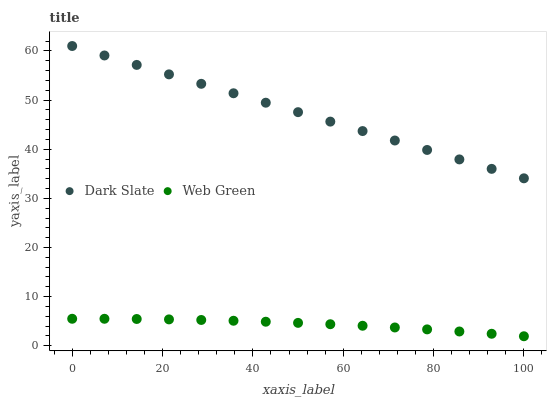
| xaxis_label | Dark Slate | Web Green |
 | --- | --- | --- |
 | 0 | 61 | 5.5 |
 | 7.14 | 59.1 | 5.5 |
 | 14.3 | 57.2 | 5.45 |
 | 21.4 | 55.2 | 5.37 |
 | 28.6 | 53.3 | 5.25 |
 | 35.7 | 51.4 | 5.1 |
 | 42.9 | 49.5 | 4.9 |
 | 50 | 47.5 | 4.67 |
 | 57.1 | 45.6 | 4.39 |
 | 64.3 | 43.7 | 4.08 |
 | 71.4 | 41.8 | 3.73 |
 | 78.6 | 39.8 | 3.34 |
 | 85.7 | 37.9 | 2.91 |
 | 92.9 | 36 | 2.45 |
 | 100 | 34.1 | 1.94 |